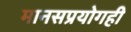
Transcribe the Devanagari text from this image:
मानसप्रयोगही